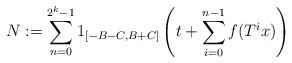
LaTeX: \begin{align*}N := \sum_{n=0}^{2^k-1} 1_{[-B-C,B+C]} \left( t + \sum_{i=0}^{n-1} f(T^i x) \right)\end{align*}